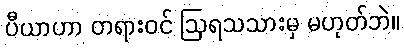
ပီယာဟာ တရားဝင် ဩရသသားမှ မဟုတ်ဘဲ။